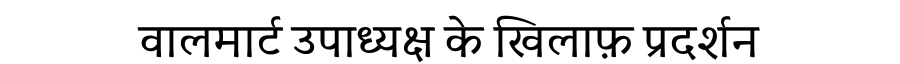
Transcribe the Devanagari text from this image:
वालमार्ट उपाध्यक्ष के खिलाफ़ प्रदर्शन